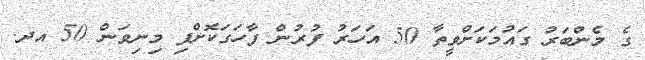
ގެ މެންބަރު ގައުމަކަށްވީތާ 50 އަހަރު ފުރުން ފާހަގަކޮށްފި މިނިވަން 50 އދ.